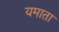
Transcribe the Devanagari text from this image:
यमाता